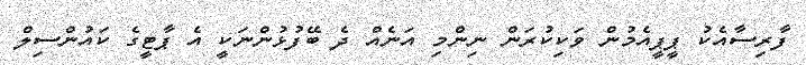
ފާރިސާއެކު ޕީޕީއެމުން ވަކިކުރަން ނިންމި އަނެއް ދެ ބޭފުޅުންނަކީ އެ ޕާޓީގެ ކައުންސިލް